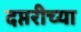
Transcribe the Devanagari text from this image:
दप्तरीच्या